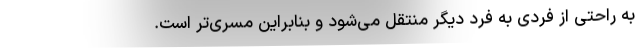
به راحتی از فردی به فرد دیگر منتقل می‌شود و بنابراین مسری‌تر است.